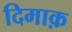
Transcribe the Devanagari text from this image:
दिमाक़